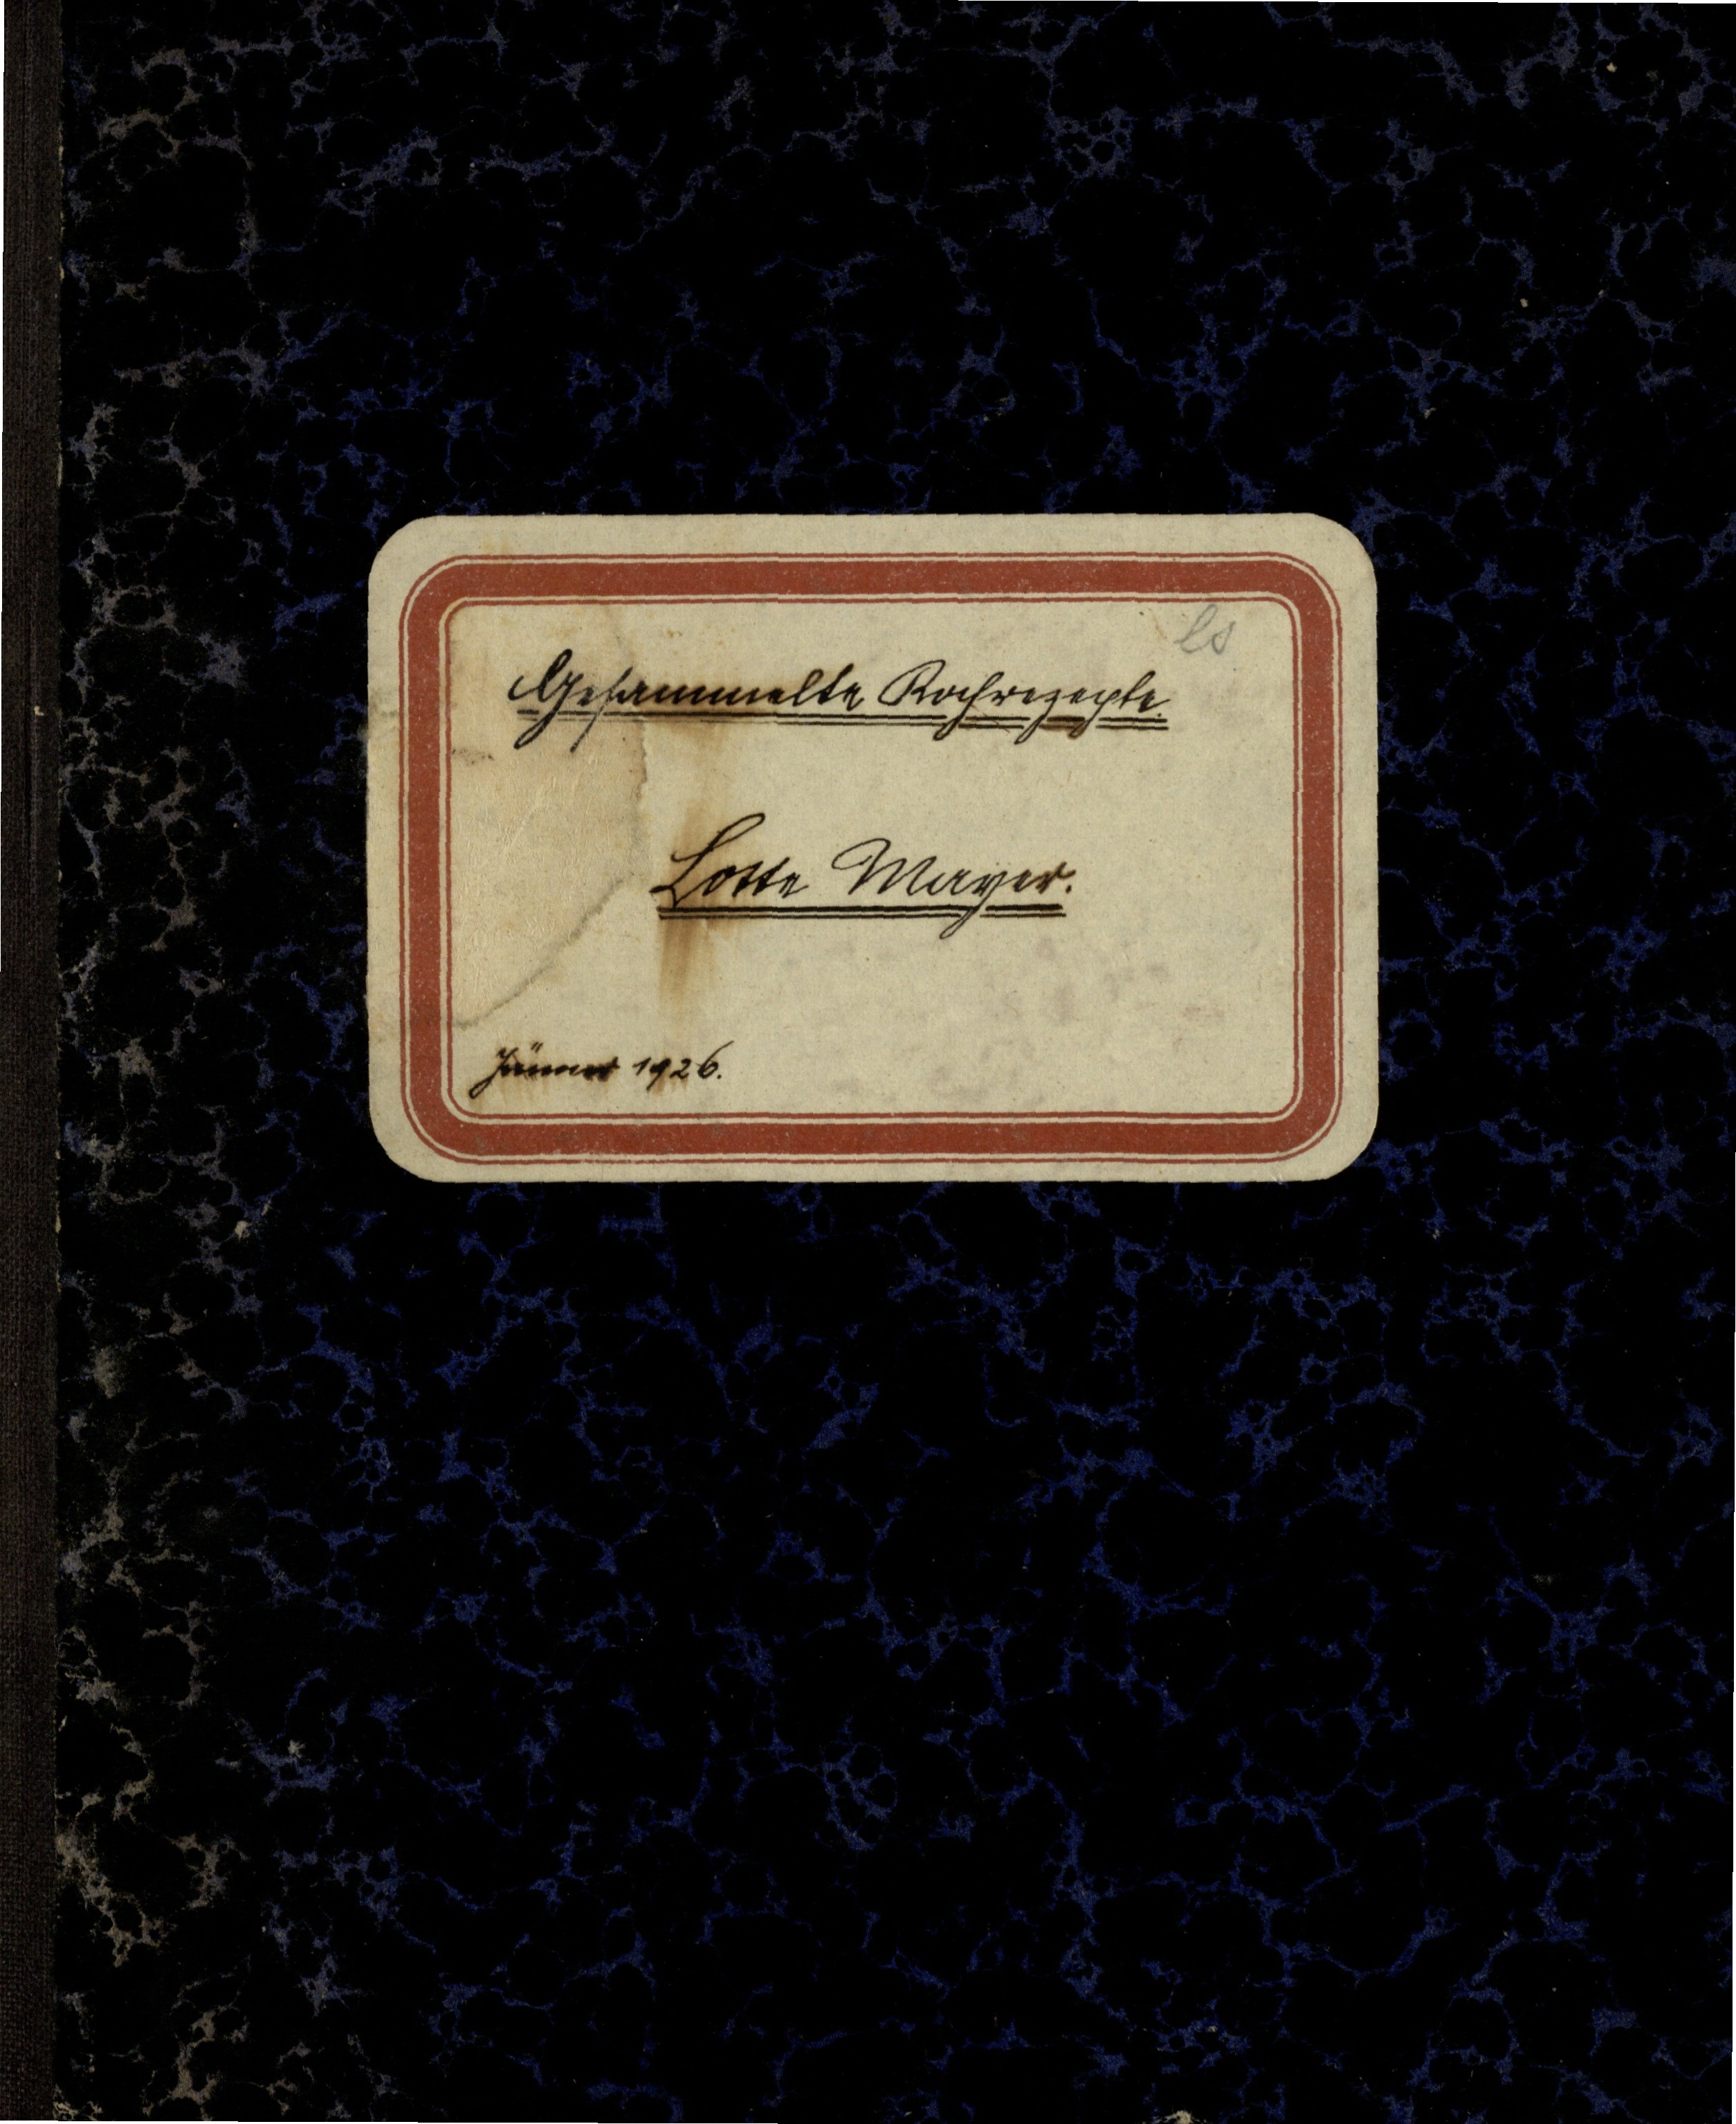
Gesammelte Kochrezepte.
Lotte Mayer.
Jänner 1926.